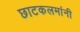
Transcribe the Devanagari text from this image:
छाटकलमांनी